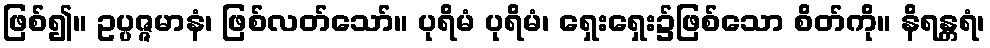
ဖြစ်၍။ ဥပ္ပဇ္ဇမာနံ၊ ဖြစ်လတ်သော်။ ပုရိမံ ပုရိမံ၊ ရှေးရှေး၌ဖြစ်သော စိတ်ကို။ နိရန္တရံ၊